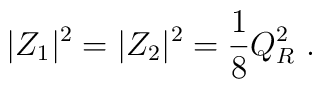
|Z_1|^2=|Z_2|^2={1\over8}Q_R^2\ .